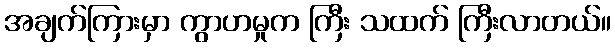
အချက်ကြားမှာ ကွာဟမှုက ကြီး သထက် ကြီးလာတယ်။